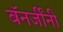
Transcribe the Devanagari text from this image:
बॅनर्जींनी